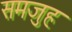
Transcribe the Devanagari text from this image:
समजुह